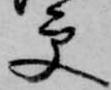
更